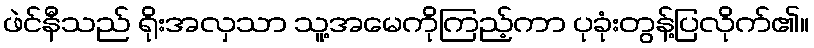
ဖဲင်နီသည် ရိုးအလှသာ သူ့အမေကိုကြည့်ကာ ပုခုံးတွန့်ပြလိုက်၏။